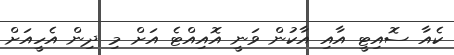
ކެއާ ސޮއިޓީ އާއި އާކުން ވަނީ އޮއިއްޓެ އަށް މި ދިން އެހީއަށް